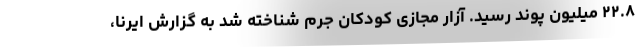
۲۲.۸ میلیون پوند رسید. آزار مجازی کودکان جرم شناخته شد به گزارش ایرنا،